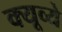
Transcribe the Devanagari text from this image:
क्यूव्ये